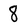
Character: 8